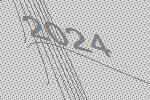
2024